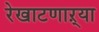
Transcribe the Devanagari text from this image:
रेखाटणाऱ्या